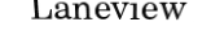
Laneview